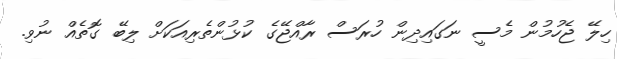
ހިލޭ ޖެހުމުން މެސީ ނަގައިދިން ހުރަސް ރާއްޖޭގެ ކުޅުންތެރިއަކަށް ލިބޭ ގޮތެއް ނުވި.